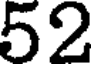
52